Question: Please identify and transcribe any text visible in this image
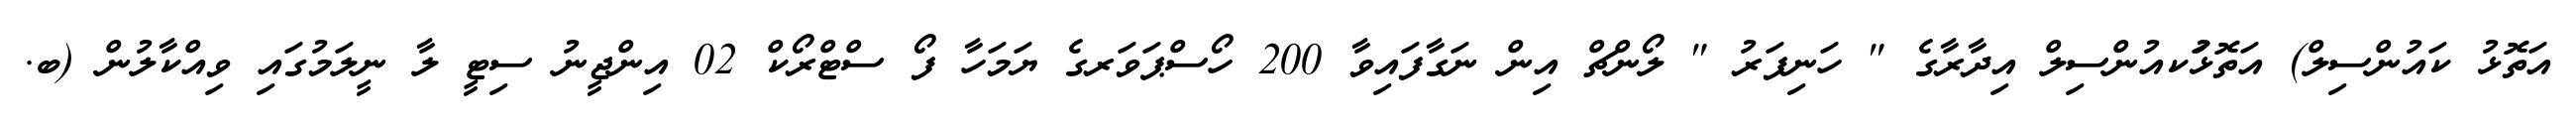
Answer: އަތޮޅު ކައުންސިލް) އަތޮޅުަކއުންސިލް އިދާރާގެ " ހަނިފަރު " ލޯންޗް އިން ނަގާފައިވާ 200 ހޯސްޕަވަރގެ ޔަމަހާ ފޯ ސްޓްރޯކް 02 އިންޖީނު ސިޓީ ލާ ނީލަމުގައި ވިއްކާލުން (ބ.